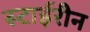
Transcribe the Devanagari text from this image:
स्टाईरीन